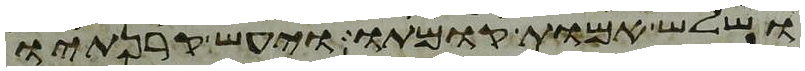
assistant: ושלש אמות קומתו ויעש קרנתיו